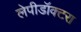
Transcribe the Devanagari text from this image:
लेपीडॉक्टरा